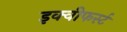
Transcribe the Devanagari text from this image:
इक्वीफर्स्ट